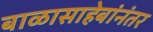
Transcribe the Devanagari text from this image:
बाळासाहेबांनंतर